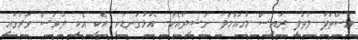
މުސްތަފާ ލުތުފީ ރައީސް މުހައްމަދު ނަޝީދާއެކު- "އަޅުގަނޑަކީ އެކި އެކި ދުވަސް ވަރުގައި